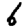
Digit: 6